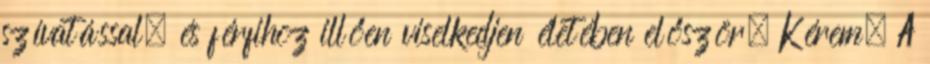
szívatással, és férfihoz illően viselkedjen életében először. Kérem. A